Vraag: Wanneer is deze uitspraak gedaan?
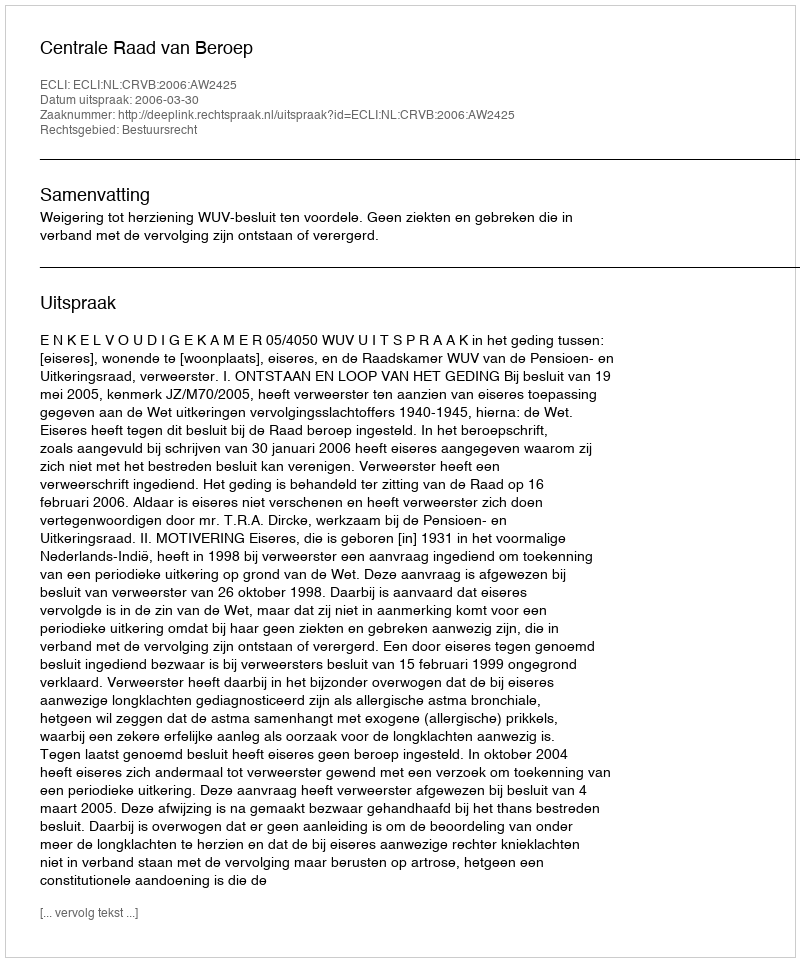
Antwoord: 2006-03-30